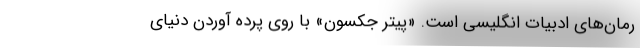
رمان‌های ادبیات انگلیسی‌ است. «پیتر جکسون» با روی پرده آوردن دنیای